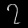
Digit: ၇